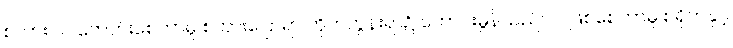
စကားပင် ကောင်းစေကာမူ စကားပြောရာ တိုက်တွန်းရာ၌ ကောင်းမွန်သည်ပင် ဖြစ်စေကာမူ စရိုက်နှင့်